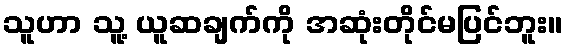
သူဟာ သူ့ ယူဆချက်ကို အဆုံးတိုင်မပြင်ဘူး။